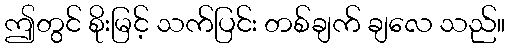
ဤတွင် စိုးမြင့် သက်ပြင်း တစ်ချက် ချလေ သည်။